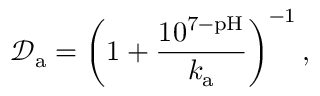
\mathcal { D } _ { \mathrm { a } } = \left( 1 + \frac { 1 0 ^ { 7 - \mathrm { p H } } } { k _ { \mathrm { a } } } \right) ^ { - 1 } ,